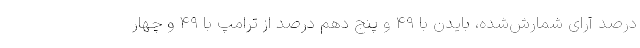
درصد آرای شمارش‌شده، بایدن با ۴۹ و پنج دهم درصد از ترامپ با ۴۹ و چهار